Rangoon Lunatic Asylum 1898-1906 - 1898-1906
Year: 1898
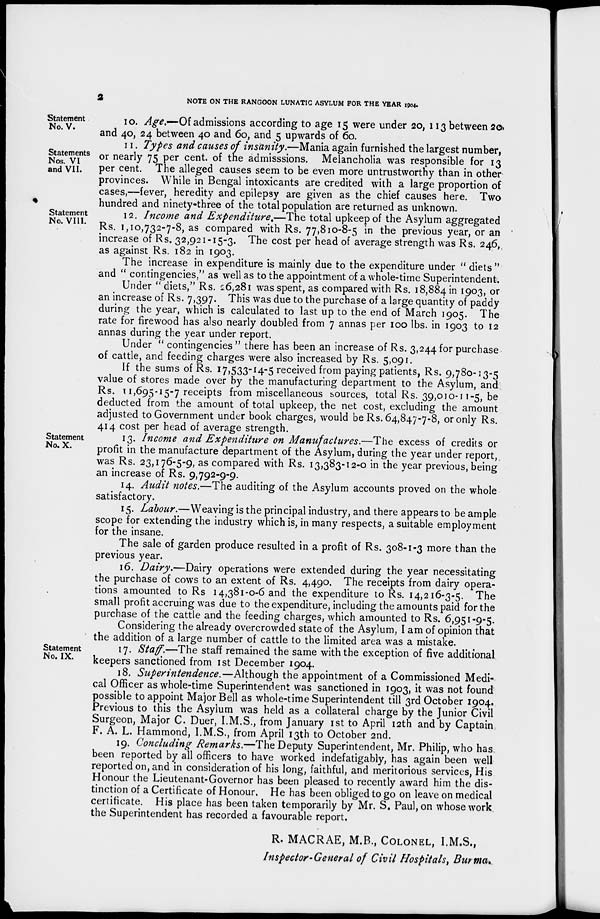
2
NOTE ON THE RANGOON LUNATIC ASYLUM FOR THE YEAR 1904.
Statement
No.V.
10. Age.— Of admissions according to age 15 were under 20, 113 between 20
and 40, 24 between 40 and 60, and 5 upwards of 60.
Statements
Nos. VI
and VII.
11. Types and causes of insanity.—Mania again furnished the largest number,
or nearly 75 per cent. of the admisssions. Melancholia was responsible for 13
per cent. The alleged causes seem to be even more untrustworthy than in other
provinces. While in Bengal intoxicants are credited with a large proportion of
cases,—fever, heredity and epilepsy are given as the chief causes here. Two
hundred and ninety-three of the total population are returned as unknown.
Statement
No. VIII.
12. Income and Expenditure.—The total upkeep of the Asylum aggregated
Rs. 1,10,732-7-8, as compared with Rs. 77,810-8-5 in the previous year, or an
increase of Rs. 32,921-15-3. The cost per head of average strength was Rs. 246,
as against Rs. 182 in 1903.
The increase in expenditure is mainly due to the expenditure under " diets "
and " contingencies," as well as to the appointment of a whole-time Superintendent.
Under " diets," Rs. 26,281 was spent, as compared with Rs. 18,884 in 1903, or
an increase of Rs. 7,397. This was due to the purchase of a large quantity of paddy
during the year, which is calculated to last up to the end of March 1905. The
rate for firewood has also nearly doubled from 7 annas per 100 lbs. in 1903 to 12
annas during the year under report.
Under " contingencies " there has been an increase of Rs. 3,244 for purchase
of cattle, and feeding charges were also increased by Rs. 5,091.
If the sums of Rs. 17,533-14-5 received from paying patients, Rs. 9,780-13-5
value of stores made over by the manufacturing department to the Asylum, and
Rs. 11,695-15-7 receipts from miscellaneous sources, total Rs. 39,010-11-5, be
deducted from the amount of total upkeep, the net cost, excluding the amount
adjusted to Government under book charges, would be Rs. 64,847-7-8, or only Rs.
414 cost per head of average strength.
Statement
No. X.
13. Income and Expenditure on Manufactures.— The excess of credits or
profit in the manufacture department of the Asylum, during the year under report,
was Rs. 23,176-5-9, as compared with Rs. 13,383-12-0 in the year previous, being
an increase of Rs. 9,792-9-9.
14. Audit notes.—The auditing of the Asylum accounts proved on the whole
satisfactory.
15. Labour.—Weaving is the principal industry, and there appears to be ample
scope for extending the industry which is, in many respects, a suitable employment
for the insane.
The sale of garden produce resulted in a profit of Rs. 308-1-3 more than the
previous year.
16. Dairy.—Dairy operations were extended during the year necessitating
the purchase of cows to an extent of Rs. 4,490. The receipts from dairy opera-
tions amounted to Rs.14,381-0-6 and the expenditure to Rs. 14,216-3-5. The
small profit accruing was due to the expenditure, including the amounts paid for the
purchase of the cattle and the feeding charges, which amounted to Rs. 6,951-9-5.
Considering the already overcrowded state of the Asylum, I am of opinion that
the addition of a large number of cattle to the limited area was a mistake.
Statement
No. IX.
17. Staff.—The staff remained the same with the exception of five additional
keepers sanctioned from 1st December 1904.
18. Superintendence,—Although the appointment of a Commissioned Medi-
cal Officer as whole-time Superintendent was sanctioned in 1903, it was not found
possible to appoint Major Bell as whole-time Superintendent till 3rd October 1904.
Previous to this the Asylum was held as a collateral charge by the Junior Civil
Surgeon, Major C. Duer, I.M.S., from January 1st to April 12th and by Captain
F. A. L. Hammond, I.M.S., from April 13th to October 2nd.
19. Concluding Remarks.—The Deputy Superintendent, Mr. Philip, who has
been reported by all officers to have worked indefatigably, has again been well
reported on, and in consideration of his long, faithful, and meritorious services, His
Honour the Lieutenant-Governor has been pleased to recently award him the dis-
tinction of a Certificate of Honour. He has been obliged to go on leave on medical
certificate. His place has been taken temporarily by Mr. S. Paul, on whose work
the Superintendent has recorded a favourable report.
R. MACRAE, M.B., COLONEL, I.M.S.,
Inspector-General of Civil Hospitals, Burma.